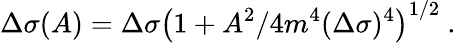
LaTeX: \Delta\sigma(A)=\Delta\sigma\left(1+A^{2}/4m^{4}(\Delta\sigma)^{4}\right)^{1/2}\ .